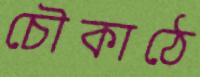
চৌকাঠে